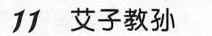
11 艾子教孙